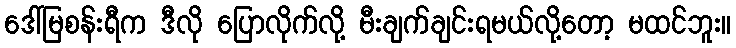
ဒေါ်မြစန်းရီက ဒီလို ပြောလိုက်လို့ မီးချက်ချင်းရမယ်လို့တော့ မထင်ဘူး။